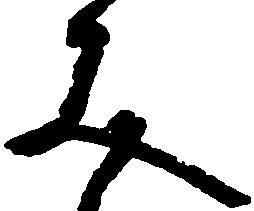
文